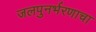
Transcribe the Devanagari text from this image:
जलपुनर्भरणाचा